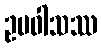
ဥပဝါသဿ